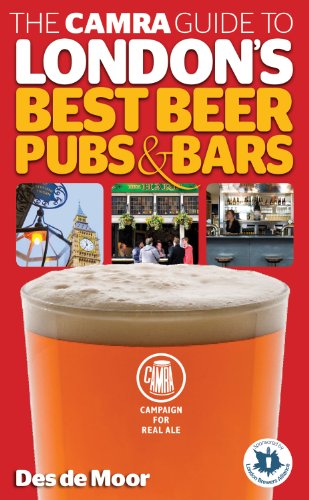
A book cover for The CAMRA Guide to London's Best Beer, Pubs & Bars; Des de Moor; Travel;